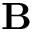
\mathbf { B }